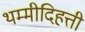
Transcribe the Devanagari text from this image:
थम्मीदिहत्ती